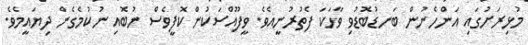
މުޅިރަށުގައި އަންހެނުން ބަނޑުބޮޑުވި ވާހަކަ ފެތުރުނީއެވެ. ވީފޫއްސަކުން ކޮފީވެސް ނުބޮއި ނުކުމެގެން ދިޔައީމެވެ.